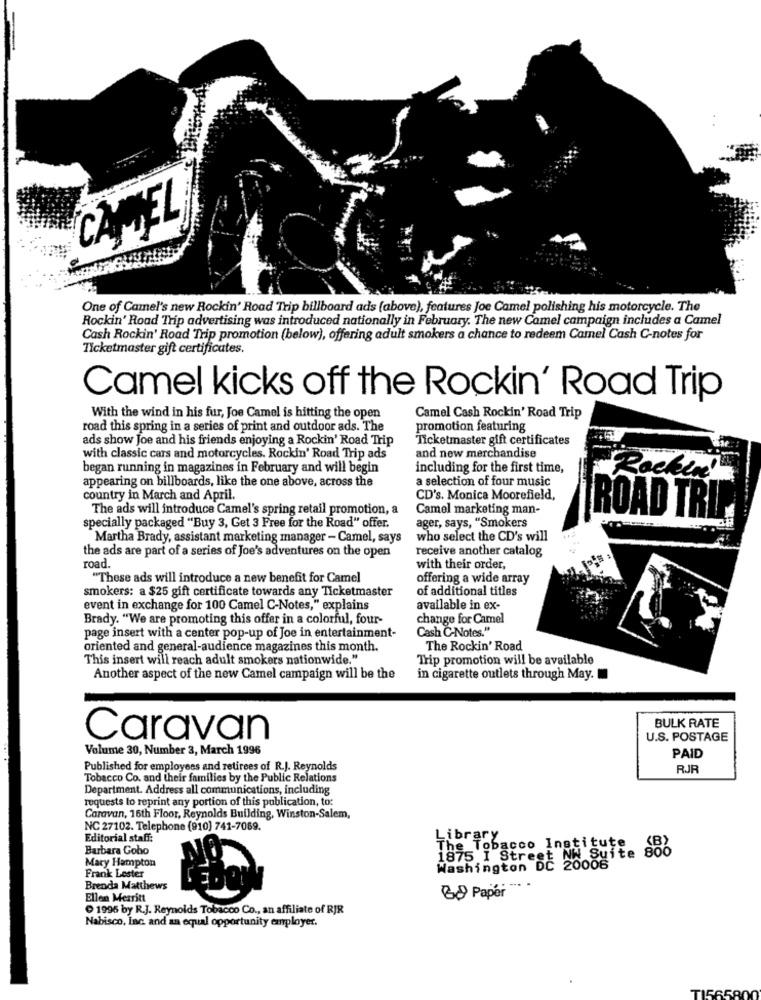
CANTEL
One of Camel's new Rockin' Road Trip billboard ads (above), features Joe Camel polishing his motorcycle. The
Rockin' Road Trip advertising was introduced nationally in February. The new Camel campaign includes a Camel
Cash Rockin' Road Trip promotion (below), offering adult smokers a chance to redeem Camel Cash C-notes for
Ticketmaster gift certificates.
Camel kicks off the Rockin' Road Trip
With the wind in his fur, Joe Camel is hitting the open
Camel Cash Rockin' Road Trip
road this spring in a series of print and outdoor ads. The
promotion featuring
ads show Joe and his friends enjoying a Rockin' Road Trip
Ticketmaster gift certificates
with classic cars and motorcycles. Rockin' Road Trip ads
and new merchandise
began running in magazines in February and will begin
including for the first time,
appearing on billboards, like the one above, across the
a selection of four music
Rockin
country in March and April.
CD's. Monica Moorefield,
The ads will introduce Camel's spring retail promotion, a
Camel marketing man-
ROAD TRI
specially packaged "Buy 3, Get 3 Free for the Road" offer.
ager, says, "Smokers
Martha Brady, assistant marketing manager - Camel, says
who select the CD's will
the ads are part of a series of Joe's adventures on the open
receive another catalog
road.
with their order
"These ads will introduce a new benefit for Camel
offering a wide array
smokers: a $25 gift certificate towards any Ticketmaster
of additional titles
event in exchange for 100 Camel C-Notes," explains
available in ex-
Brady. "We are promoting this offer in a colorful, four-
change for Camel
Cash C-Notes."
page insert with a center pop-up of Joe in entertainment-
oriented and general-audience magazines this month.
The Rockin' Road
This insert will reach adult smokers nationwide."
Trip promotion will be available
Another aspect of the new Camel campaign will be the
in cigarette outlets through May.
BULK RATE
Caravan
U.S. POSTAGE
Volume 30, Number 3, March 1996
PAID
Published for employees and retirees of R.J. Reynolds
RJR
Tobacco Co. and their families by the Public Relations
Department. Address all communications, including
requests lo reprint any portion of this publication, to:
Caravan, 16th Floor, Reynolds Building, Winston-Salem,
NC 27102. Telephone (910] 741-7069.
Editorial staff:
Library
Barbara Goho
The Tobacco Institute
806
Mary Hampton
1875 I Street NW Suite
Frank Lester
Washington DC 20006
Brenda Matthews
& Paper "
Ellen Merritt
1996 by R.J. Reynolds Tobacco Co ., an affiliate of RJR
Nabisco. Inc. and an equal opportunity employer.
TIS